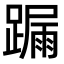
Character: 𨄋